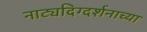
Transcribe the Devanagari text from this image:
नाट्यदिग्दर्शनाच्या